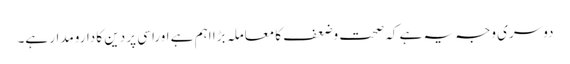
دوسری وجہ یہ ہے کہ صحت وضعف کا معاملہ بڑا اہم ہے اوراسی پر دین کا دارومدار ہے۔